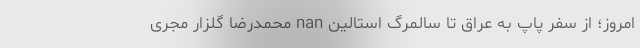
امروز؛ از سفر پاپ به عراق تا سالمرگ استالین nan محمدرضا گلزار مجری